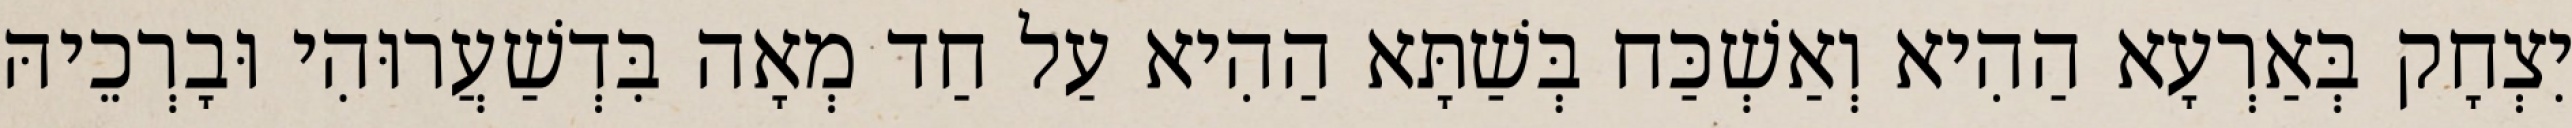
יִצְחָק בְּאַרְעָא הַהִיא וְאַשְׁכַּח בְּשַׁתָּא הַהִיא עַל חַד מְאָה בִּדְשַׁעֲרוּהִי וּבָרְכֵיהּ